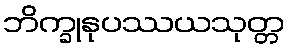
ဘိက္ခုနုပဿယသုတ္တ